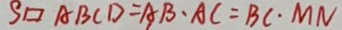
S \square A B C D = A B \cdot A C = B C \cdot M N